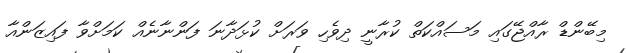
މިބޭންޑް ރާއްޖޭގައި މަސައްކަތް ކުުރާނީ ދިވެހި ވަރަށް ކުޅަދާނަ ފަންނާނެއް ކަމަށްވާ ފައިޒަންއާ